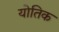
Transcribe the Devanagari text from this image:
योतिक